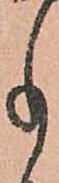
事